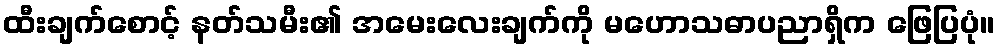
ထီးချက်စောင့် နတ်သမီး၏ အမေးလေးချက်ကို မဟောသဓာပညာရှိက ဖြေပြပုံ။